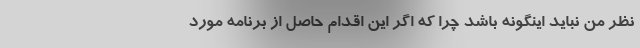
نظر من نباید اینگونه باشد چرا که اگر این اقدام حاصل از برنامه مورد